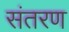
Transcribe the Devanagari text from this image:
संतरण